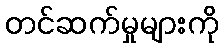
တင်ဆက်မှုများကို